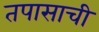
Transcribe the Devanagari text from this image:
तपासाची